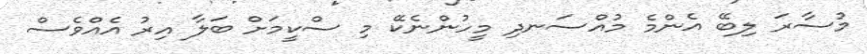
މުސާރަ ލިބޭ އެންމެ މުއްސަނދި މީހުންނެކޭ މި ސްކީމަށް ބަލާ އިރު އެއްވެސް